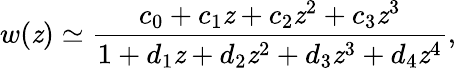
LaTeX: w(\mathit{z})\simeq\frac{{c_{0}+c_{1}\mathit{z}+c_{2}\mathit{z}^{2}+c_{3}\mathit{z}^{3}}}{{1+d_{1}\mathit{z}+d_{2}\mathit{z}^{2}+d_{3}\mathit{z}^{3}+d_{4}\mathit{z}^{4}}},